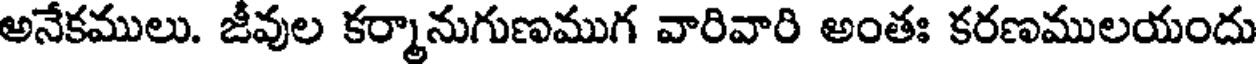
అనేకములు. జీవుల కర్మానుగుణముగ వారివారి అంతః కరణములయందు